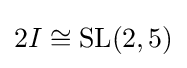
2I\cong \operatorname {SL} (2,5)